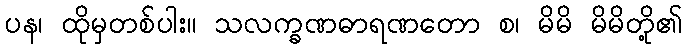
ပန၊ ထိုမှတစ်ပါး။ သလက္ခဏဓာရဏတော စ၊ မိမိ မိမိတို့၏